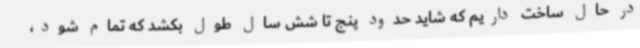
در حال ساخت داریم که شاید حدود پنج تا شش سال طول بکشد که تمام شود،